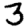
Digit: 3